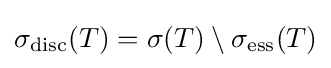
\sigma _{\mathrm {disc} }(T)=\sigma (T)\setminus \sigma _{\mathrm {ess} }(T)